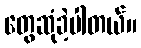
တွေဆုံခဲ့ပါတယ်။